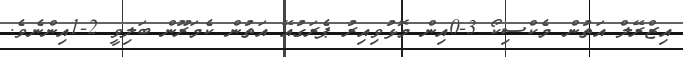
އިޒްރޭލް އަތުން މެކްސިކޯ 3-0އިން މޮޅުވިއިރު ޕެރަގުއޭ އަތުން ކެމަރޫން ބަލިވީ 2-1އިންނެވެ.